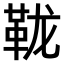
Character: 𫖅